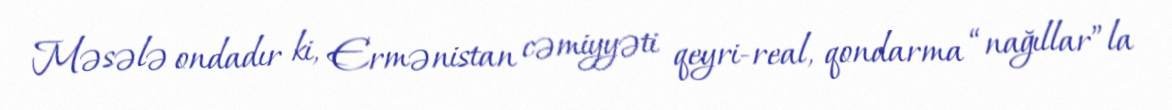
Məsələ ondadır ki, Ermənistan cəmiyyəti qeyri-real, qondarma “nağıllar”la